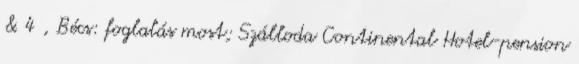
& 4 , Bécs: foglalás most; Szálloda Continental Hotel-pension